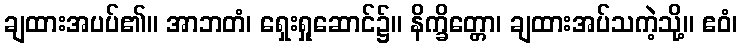
ချထားအပပ်၏။ အာဘတံ၊ ရှေးရှုဆောင်၌။ နိက္ခိတ္တော၊ ချထားအပ်သကဲ့သို့။ ဧဝံ၊